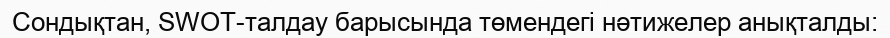
Сондықтан, SWOT-талдау барысында төмендегі нәтижелер анықталды: